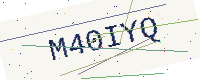
Text: M40IYQ